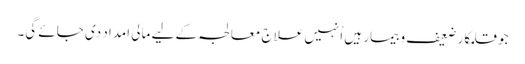
جو قلمکار ضعیف و بیمار ہیں اُنہیں علاج معالجہ کے لیے مالی امداد دی جائے گی۔